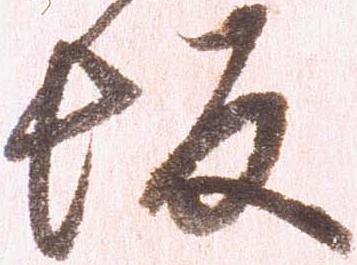
坂